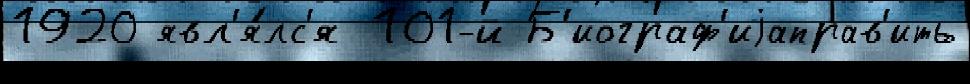
1920 явл'я́лс'я 101-й Б'иограф'иjаправ'ить